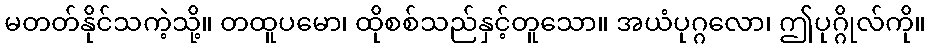
မတတ်နိုင်သကဲ့သို့။ တထူပမော၊ ထိုစစ်သည်နှင့်တူသော။ အယံပုဂ္ဂလော၊ ဤပုဂ္ဂိုလ်ကို။